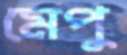
মেপু